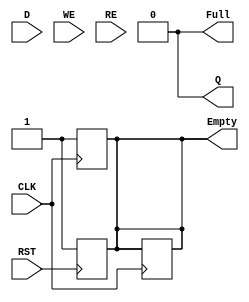
module FIFO_PISO(
    input wire [7:0] D,          // Parallel Data Input (8 bits wide for this example)
    input wire WE,               // Write Enable
    input wire RE,               // Read Enable
    input wire CLK,              // Clock
    input wire RST,              // Reset
    output reg Q,                // Serial Output
    output reg Full,             // Full Flag
    output reg Empty             // Empty Flag
);

    // FIFO depth and parameters
    parameter FIFO_DEPTH = 8;    // Number of entries in the FIFO
    reg [7:0] fifo_storage [0:FIFO_DEPTH-1]; // FIFO storage array
    reg [2:0] write_pointer;      // Points to the next write position
    reg [2:0] read_pointer;       // Points to the next read position
    reg [3:0] count;              // To keep track of the number of elements in the FIFO

    initial begin
        write_pointer = 0;
        read_pointer = 0;
        count = 0;
        Full = 0;
        Empty = 1;
        Q = 0;
    end

    // Asynchronous reset
    always @(posedge RST) begin
        write_pointer <= 0;
        read_pointer <= 0;
        count <= 0;
        Full <= 0;
        Empty <= 1;
        Q <= 0;
    end

    // Writing Data into FIFO
    always @(posedge CLK) begin
        if (WE && !Full) begin
            fifo_storage[write_pointer] <= D; // Load data into the FIFO
            write_pointer <= (write_pointer + 1) % FIFO_DEPTH; // Circular buffer
            count <= count + 1;
        end

        // Update Full and Empty flags
        if (count == FIFO_DEPTH - 1) begin
            Full <= 1;
        end
        if (count > 0) begin
            Empty <= 0;
        end
    end

    // Reading Data from FIFO
    always @(posedge CLK) begin
        if (RE && !Empty) begin
            Q <= fifo_storage[read_pointer][7]; // Output the MSB
            read_pointer <= (read_pointer + 1) % FIFO_DEPTH; // Circular buffer
            count <= count - 1;
        end

        // Update Full and Empty flags
        if (count == 0) begin
            Empty <= 1;
            Full <= 0;
        end
    end

endmodule